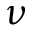
\boldsymbol { \nu }